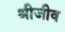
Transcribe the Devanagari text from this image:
श्रीजीव